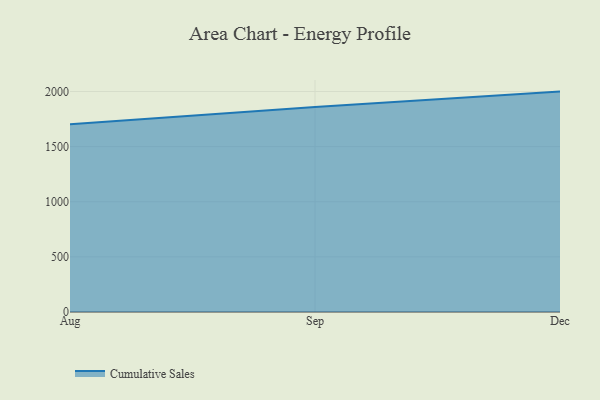
{"axis": {"x": "Month", "y": "Revenue (USD Million)"}, "legend": ["Cumulative Sales"], "data": [{"x": "Aug", "y": 1702.2, "type": "Cumulative Sales"}, {"x": "Sep", "y": 1859.0, "type": "Cumulative Sales"}, {"x": "Dec", "y": 1999.1, "type": "Cumulative Sales"}]}